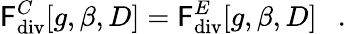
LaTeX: \mathsf{F}_{\mathrm{{div}}}^{C}[g,\beta,D]=\mathsf{F}_{\mathrm{{div}}}^{E}[g,\beta,D]~~~.